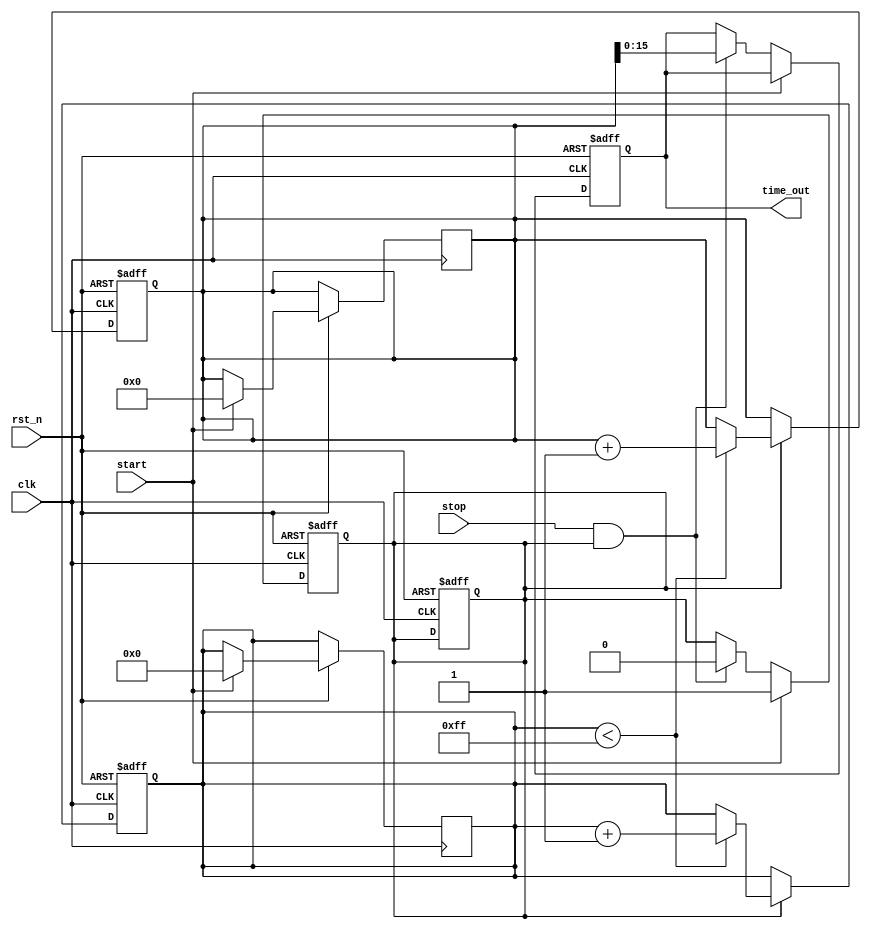
module TDC (
    input wire clk,          // System clock
    input wire rst_n,        // Active low reset
    input wire start,        // Start signal
    input wire stop,         // Stop signal
    output reg [15:0] time_out // 16-bit digital output for time measurement
);

    // Parameters
    parameter RAMP_MAX = 255; // Maximum ramp value
    parameter RAMP_STEP = 1;   // Ramp increment step
    parameter CLOCK_FREQ = 100; // Clock frequency in MHz
    parameter RAMP_TIME = 1000; // Ramp time in ns

    // Internal signals
    reg [7:0] ramp_voltage;    // 8-bit ramp voltage
    reg measuring;             // Measuring state
    reg [31:0] counter;        // Counter for clock ticks

    // Voltage Ramp Generator
    always @(posedge clk or negedge rst_n) begin
        if (!rst_n) begin
            ramp_voltage <= 0;
            measuring <= 0;
            counter <= 0;
        end else if (measuring) begin
            if (ramp_voltage < RAMP_MAX) begin
                ramp_voltage <= ramp_voltage + RAMP_STEP;
                counter <= counter + 1; // Increment counter for each clock cycle
            end
        end
    end

    // Comparator Logic
    always @(posedge clk or negedge rst_n) begin
        if (!rst_n) begin
            time_out <= 0;
            measuring <= 0;
        end else if (start) begin
            measuring <= 1; // Start measuring
            ramp_voltage <= 0; // Reset ramp voltage
            counter <= 0; // Reset counter
        end else if (stop && measuring) begin
            measuring <= 0; // Stop measuring
            time_out <= counter; // Capture the counter value
        end
    end

endmodule